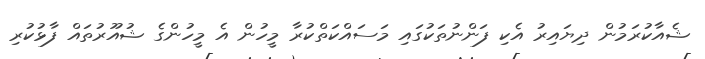
ޝެއާކުރަމުން ދިޔައިރު އެކި ފަންނުތަކުގައި މަސައްކަތްކުރާ މީހުން އެ މީހުންގެ ޝުއޫރުތައް ފާޅުކުރި